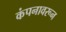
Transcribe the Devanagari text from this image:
कंपनावरून